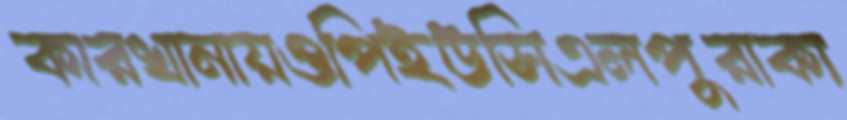
কারখানায়ওপিইউসিএলপুরাকা